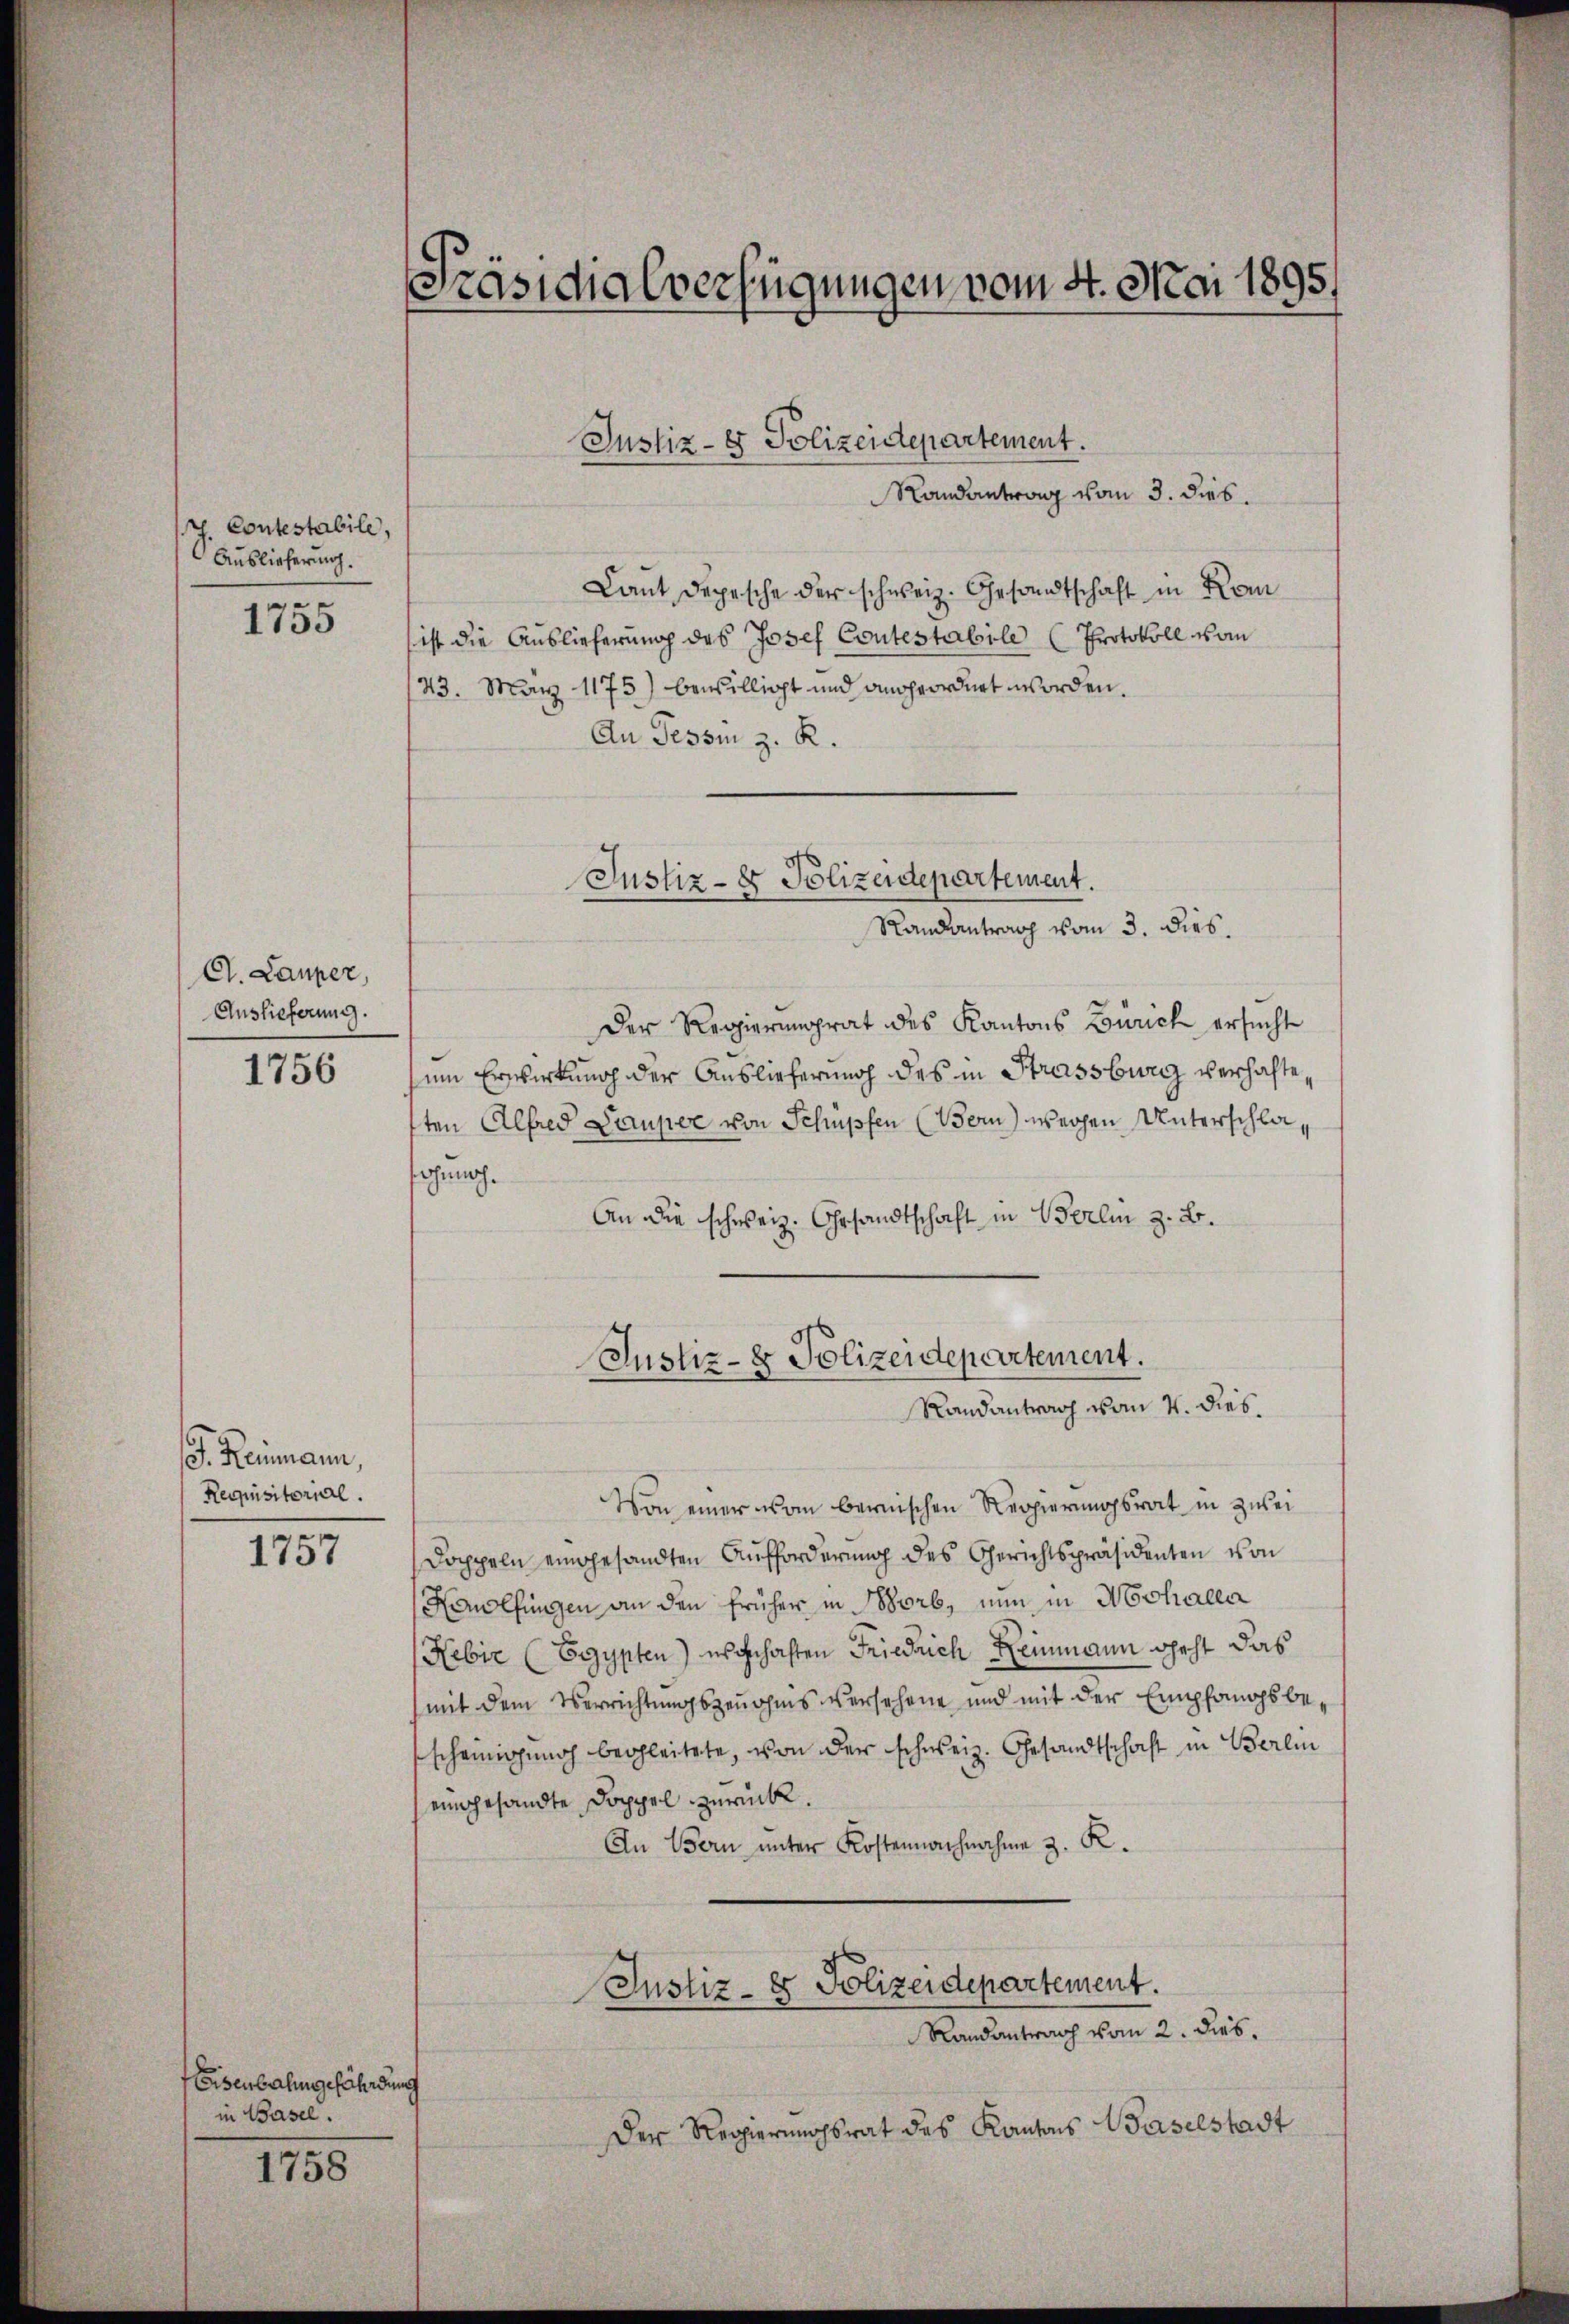
h. Contestabile,
Auslieferung.

1755

C. Lauper,
Auslieferung.

1756

. Heimann,
Requisitorial.

1757

Eisenbahngefährdung
in Basel.

1758

Präsidialverfügungen vom 4. Mai 1895.

Randantrag vom 3. dies
Laut Depesche der schweiz. Gesandtschaft in Kom
ist die Auslieferung des Josef Contestabile (Protokoll vom
43. März 1175) bewilligt und angeordnet worden.
An Tessin z. R.

Justiz- & Polizeidepartement.

Justiz- & Polizeidepartement.

Randantrag vom 3. dies.
Der Regierungsrat des Kantons Zürich ersucht
zum Erwirkung der Auslieferung des in Strassburg verhafte,
sten Alfred Lauper von Schüpfen (Bern) wegen Unterschlaounoh¬
An die schweiz. Gesandtschaft in Berlin z. B.
Von einer vom bernischen Regierungsrat in zwei
Doppeln eingesandten Aufforderung des Gerichtspräsidenten von
Konolfingen an den früher in Borb, nun in Mechaller
Hebiz (Egypten) es gehaften Friedrich Reinmann geht das
(mit dem Verrichtungszeugens versehene und mit der Empfangsbescheinigung begleitete, von der schweiz. Gesandtschaft in Berlin
eingesandte Doppel zurück.
An Bern unter Kostennachnahme 3. R.
Justiz- & Polizeidepartement.
Randantrag vom 2. dies.
Der Regierungsrat des Kantons Waselstadt

Justiz- & Polizeidepartement.
Randantrag vom 4. dies.